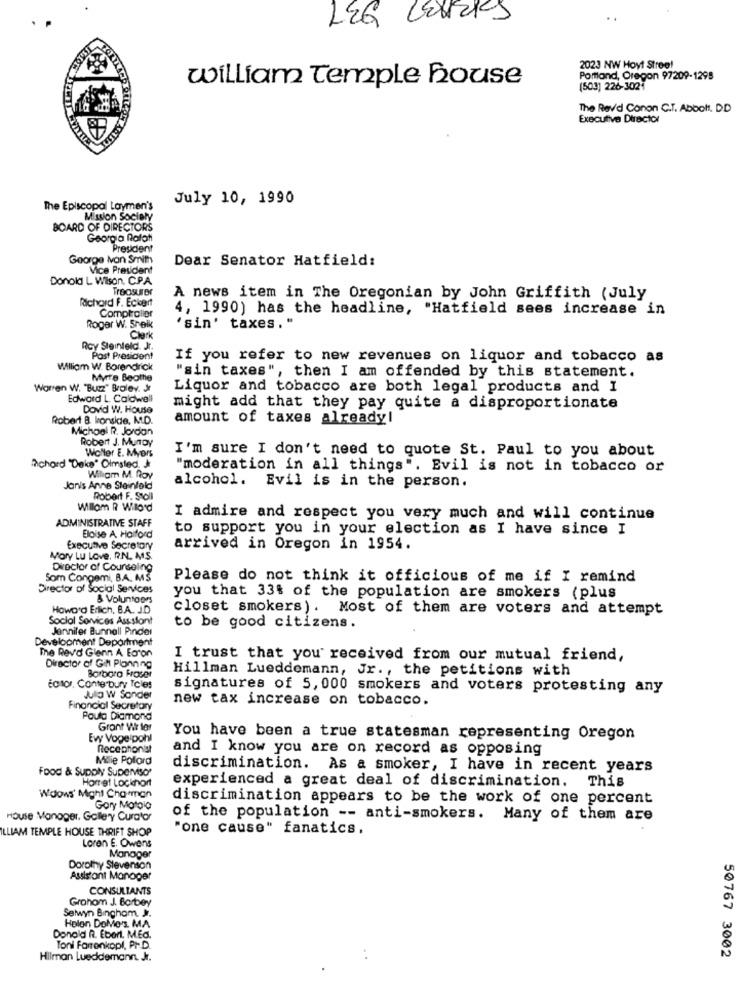
LEG LaURK
2023 NW Hoyt Stree!
william Temple house
Portland, Oregon 97209-1298
(503) 226-3021
The Rev'd Conon C.T. Abbott, DD
Executive Director
July 10, 1990
The Episcopal Laymen's
n Society
BOARD OF DIRECTORS
Georgia Rafat
President
George Non Smith
Dear Senator Hatfield:
Vice President
Donold L Wison. C.P.A.
Treasurer
Richard F. Eckert
A news item in The Oregonian by John Griffith (July
4, 1990) has the headline, "Hatfield sees increase in
Comptroller
Roger W. Sheik
'sin' taxes."
Clark
Roy Steinfeld. Jr.
Post President
If you refer to new revenues on liquor and tobacco as
William W. Borendrick
Myrte Beothe
"sin taxes", then I am offended by this statement.
Warren W. "Buzz" Broley. Jr
Liquor and tobacco are both legal products and I
Edward L. Caldwell
Dovid W. House
might add that they pay quite a disproportionate
Robert B. konside. M.D.
amount of taxes already!
Michael R. Jordan
Robert J. MunDy
I'm sure I don't need to quote St. Paul to you about
Woller E. Myers
Achard "Deke" Olmsted.
"moderation in all things". Evil is not in tobacco or
William M. Roy
Janis Anne Steinfeld
alcohol. Evil is in the person.
Robert F. Stoll
Willom R Willord
ADMINISTRATIVE STAFF
I admire and respect you very much and will continue
to support you in your election as I have since I
Bloise A. Halford
Executive Secretary
arrived in Oregon in 1954.
MorY Lu Love, RN. MS.
Director of Courseling
Som Congemi, BA. MS
Please do not think it officious of me if I remind
Director of Social Services
& Voluntoors
you that 33% of the population are smokers (plus
Howard Erlich, B.A. J.D
closet smokers). Most of them are voters and attempt
Social Services Asssfont
Jennifer Bunnall Pinder
to be good citizens.
Development Department
The Revol Glenn A Earon
Director of Gitt Planning
I trust that you received from our mutual friend,
Hillman Lueddemann, Jr ., the petitions with
Barbora Fraser
¿CIO, Cante bury Tcles
signatures of 5, 000 smokers and voters protesting any
Jula W Sander
new tax increase on tobacco.
Financial Secretary
Paula Diamond
Gront Vir tor
Evy Vogelpohl
You have been a true statesman representing Oregon
Receptionist
and I know you are on record as opposing
Millie Polord
Food & Supply Supervisor
discrimination. As a smoker, I have in recent years
Homet Lockhort
experienced a great deal of discrimination. This
Woows' Might Charman
discrimination appears to be the work of one percent
Gory Motgio
House Manager, Gallery Curator
of the population -- anti-smokers. Many of them are
ILLIAM TEMPLE HOUSE THRIFT SHOP
"one cause" fanatics.
Loren E. Owens
Manager
Dorothy Stevenson
Assistant Manager
CONSULTANTS
Grohom J. Borbey
Selwyn Bingham, J.
Holon DoMes, MA
Donald R. Ebert. M.Ed.
Toni Farrenkopl, Pr D.
Hilman Lueddemann, Jr.
50767 3002